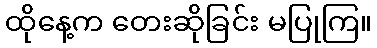
ထိုနေ့က တေးဆိုခြင်း မပြုကြ။